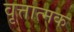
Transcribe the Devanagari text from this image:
वृत्तात्मक